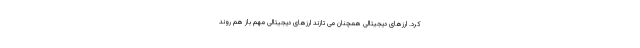
کرد. ارزهای دیجیتالی همچنان می تازند ارزهای دیجیتالی مهم باز هم روند